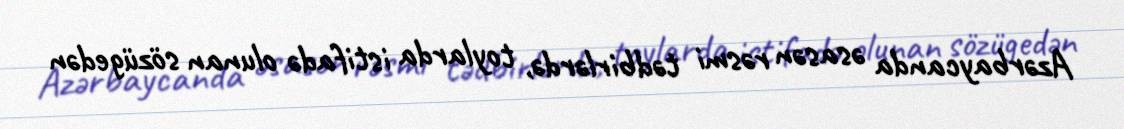
Azərbaycanda əsasən rəsmi tədbirlərdə, toylarda istifadə olunan sözügedən